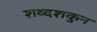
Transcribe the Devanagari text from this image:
शब्दशकुन